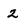
Character: 2